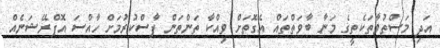
އަދި މަސްތުވާތަކެތީގެ މަނާ ބާވަތްތައް އެގޮތަށް ވިއްކާ ތަންތަން ފާސްކުރުމަށް ހާއްސަ އޮޕްރޭޝަނެއް